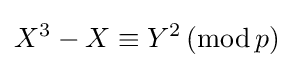
X^{3}-X\equiv Y^{2}\,(\operatorname {mod} p)